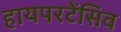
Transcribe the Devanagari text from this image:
हायपरटेंसिव